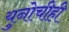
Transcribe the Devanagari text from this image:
युनोचीही